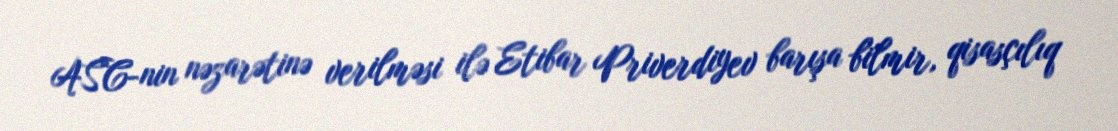
ASC-nin nəzarətinə verilməsi ilə Etibar Priverdiyev barışa bilmir, qisasçılıq